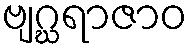
ဗျဂ္ဃရာဇာဝ